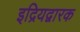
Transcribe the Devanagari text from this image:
इद्रियद्वारक